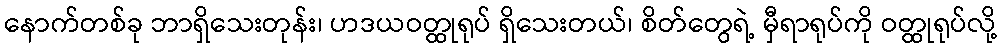
နောက်တစ်ခု ဘာရှိသေးတုန်း၊ ဟဒယဝတ္ထုရုပ် ရှိသေးတယ်၊ စိတ်တွေရဲ့ မှီရာရုပ်ကို ဝတ္ထုရုပ်လို့